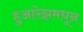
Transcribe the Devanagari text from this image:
हुआरेझमधून